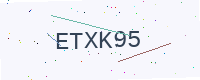
Text: ETXK95